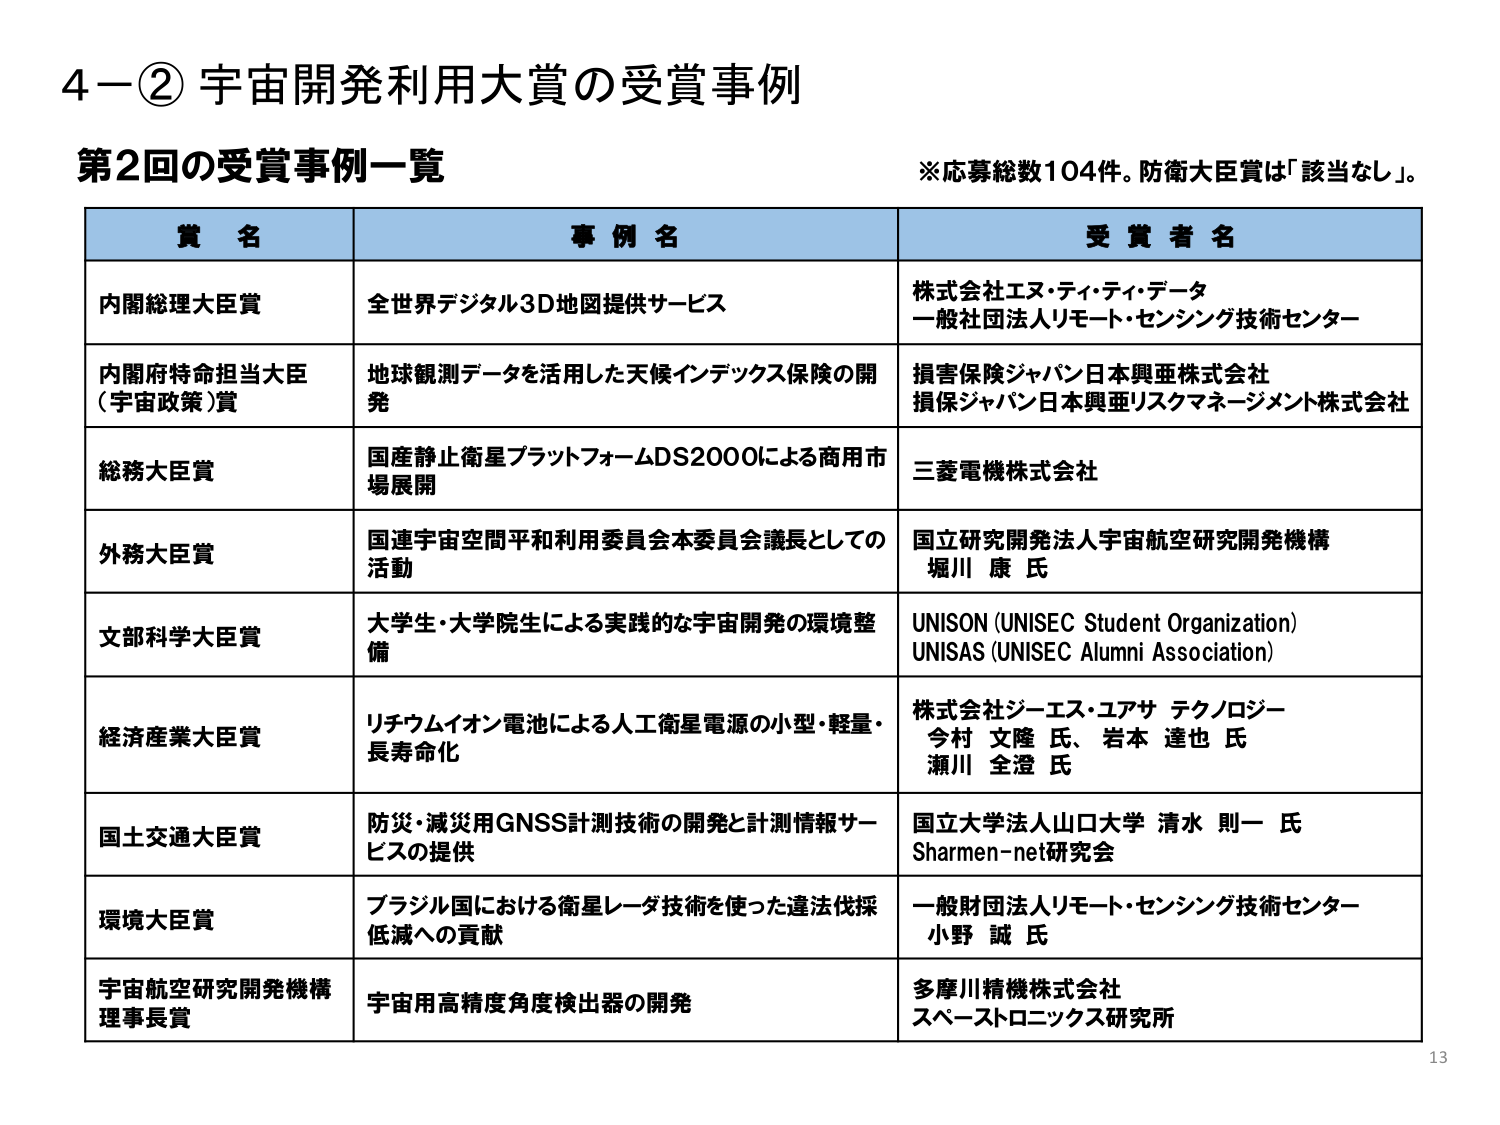
4－② 宇宙開発利用大賞の受賞事例

第2回の受賞事例一覧
※応募総数104件。防衛大臣賞は「該当なし」。

賞 名　　　　　　　　　　　事 例 名